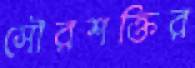
সৌরশক্তির